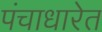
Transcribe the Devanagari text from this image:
पंचाधारेत